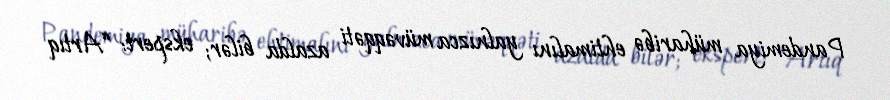
Pandemiya müharibə ehtimalını yalnızca müvəqqəti azalda bilər; ekspert: “Artıq